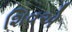
શિવએ